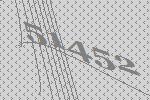
51452